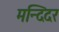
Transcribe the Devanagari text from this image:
मन्दिदर